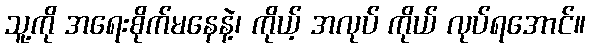
သူ့ကို အရေးစိုက်မနေနဲ့၊ ကိုယ့် အလုပ် ကိုယ် လုပ်ရအောင်။